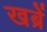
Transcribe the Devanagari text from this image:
खब्रें